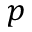
p